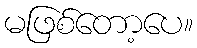
မဖြစ်တော့ပေ။